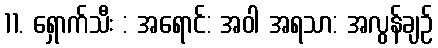
11. ရှောက်သီး : အရောင်: အဝါ အရသာ: အလွန်ချဉ်